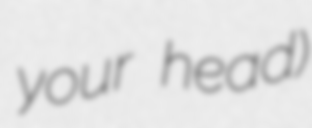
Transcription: your head)